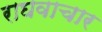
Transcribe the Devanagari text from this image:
राघवाचार